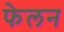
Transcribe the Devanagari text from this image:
फेलन